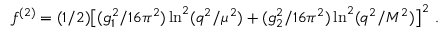
f ^ { ( 2 ) } = ( 1 / 2 ) \big [ ( g _ { 1 } ^ { 2 } / 1 6 \pi ^ { 2 } ) \ln ^ { 2 } ( q ^ { 2 } / \mu ^ { 2 } ) + ( g _ { 2 } ^ { 2 } / 1 6 \pi ^ { 2 } ) \ln ^ { 2 } ( q ^ { 2 } / M ^ { 2 } ) \big ] ^ { 2 } ~ .